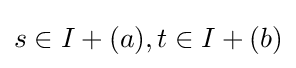
s\in I+(a),t\in I+(b)